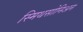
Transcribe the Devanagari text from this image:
स्मिथसोनिअन